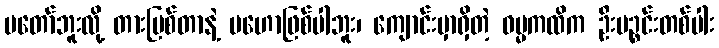
မတော်ဘူးလို့ တားမြစ်တာနဲ့ မဟောဖြစ်ပါဘူး၊ ကျောင်းမှာရှိတဲ့ ဓမ္မကထိက ဦးပဉ္စင်းတစ်ပါး